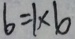
6 = 1 \times 6